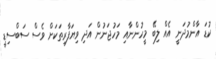
ކުޑަ އާންމުދަނީ އެއް ލިބޭ މީހުންނާއި މަހުޖަނުން އަދި ވިޔަފާރިތަކަށް ވެސް ސަބްސިޑީ